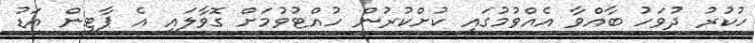
ހުކުރު ދުވަހު ބާއްވާ އެއްވުމުގައި ކުށްކުރުން ހުއްޓުވުމަށް ގޮވާލައި އެ ޕާޓީން އަޑު